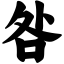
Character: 咎